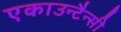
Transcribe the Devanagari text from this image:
एकाउन्टैन्सी